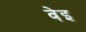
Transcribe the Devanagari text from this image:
वेइ